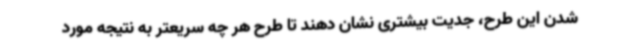
شدن این طرح، جدیت بیشتری نشان دهند تا طرح هر چه سریعتر به نتیجه مورد